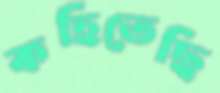
কহিতেছি